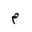
Letter: _mim